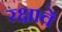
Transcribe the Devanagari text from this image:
रक्षावें